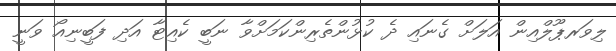
ލިވަރޕޫލްއިން އަލަށް ގެނައި ދެ ކުޅުންތެރިންކަމަށްވާ ނަބީ ކެއިޓާ އަދި ފަބީނިއޯ ވަނީ